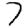
Digit: 7